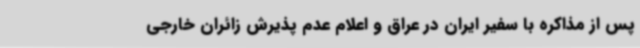
پس از مذاکره با سفیر ایران در عراق و اعلام عدم پذیرش زائران خارجی